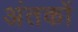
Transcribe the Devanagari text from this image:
अंतकों